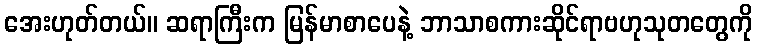
အေးဟုတ်တယ်။ ဆရာကြီးက မြန်မာစာပေနဲ့ ဘာသာစကားဆိုင်ရာဗဟုသုတတွေကို